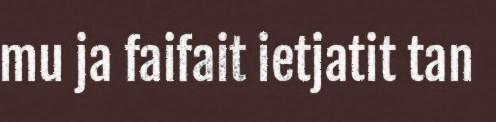
mu ja faifait ietjatit tan